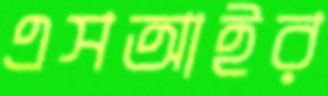
এসআইর